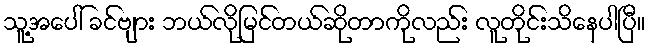
သူ့အပေါ် ခင်ဗျား ဘယ်လိုမြင်တယ်ဆိုတာကိုလည်း လူတိုင်းသိနေပါပြီ။